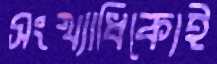
সংখ্যাধিক্যেই